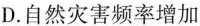
D.自然灾害频率增加